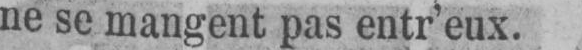
ne se mangent pas entr’eux.